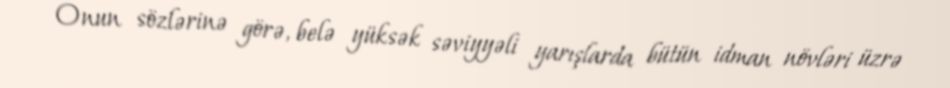
Onun sözlərinə görə, belə yüksək səviyyəli yarışlarda bütün idman növləri üzrə